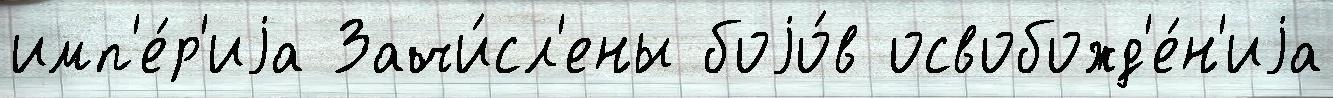
имп'е́р'иjа Зачи́сл'ены боjо́в освобожд'е́н'иjа